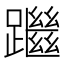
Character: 䠪